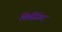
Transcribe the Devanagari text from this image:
किसिंगर